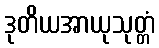
ဒုတိယအာယုသုတ္တံ